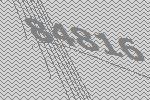
84816